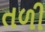
તળી